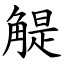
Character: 䚣